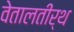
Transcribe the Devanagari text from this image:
वेतालतीर्थ